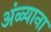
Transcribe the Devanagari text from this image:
अंळ्याना